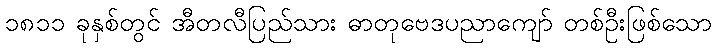
၁၈၁၁ ခုနှစ်တွင် အီတလီပြည်သား ဓာတုဗေဒပညာကျော် တစ်ဦးဖြစ်သော